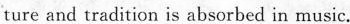
ture and tradition is absorbed in music.